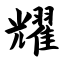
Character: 耀